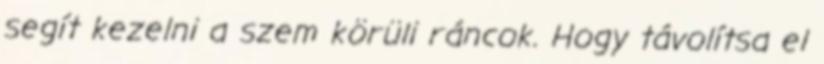
segít kezelni a szem körüli ráncok. Hogy távolítsa el